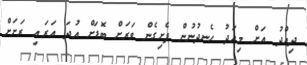
ދިއްދު އަށް މިއަދު ހެނދުނުން ފެށިގެން ވަރަށް ބޮޑަށް އުދަ އަރައި ރަށަށް